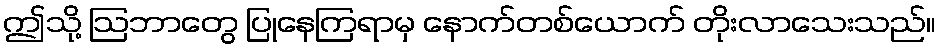
ဤသို့ ဩဘာတွေ ပြုနေကြရာမှ နောက်တစ်ယောက် တိုးလာသေးသည်။